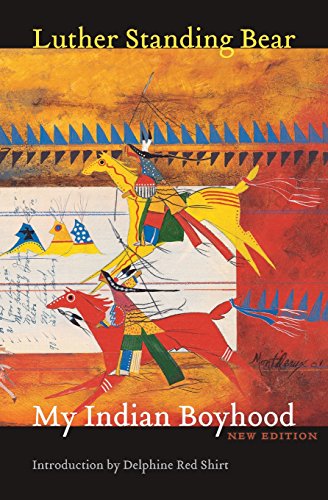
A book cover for My Indian Boyhood, New Edition; Luther Standing Bear; Biographies & Memoirs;